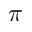
\pi